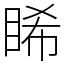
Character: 睎